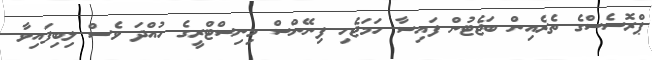
ޕްރޮސެސްގެ ތެރެއިން ބަޖެޓުން ފައިސާ ހަމަޖެހި ފިނޭންސް މިނިސްޓްރީގެ ހުއްދަ ވެސް ލިބިފައިވާ